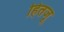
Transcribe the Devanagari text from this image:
हितजू